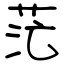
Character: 茫